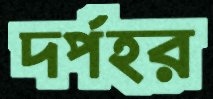
দর্পহর